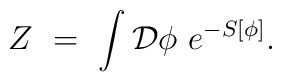
Z \ = \ \int \mathcal{D}\phi \ e^{-S[\phi]}.